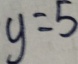
y = 5